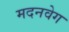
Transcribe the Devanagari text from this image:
मदनवेग